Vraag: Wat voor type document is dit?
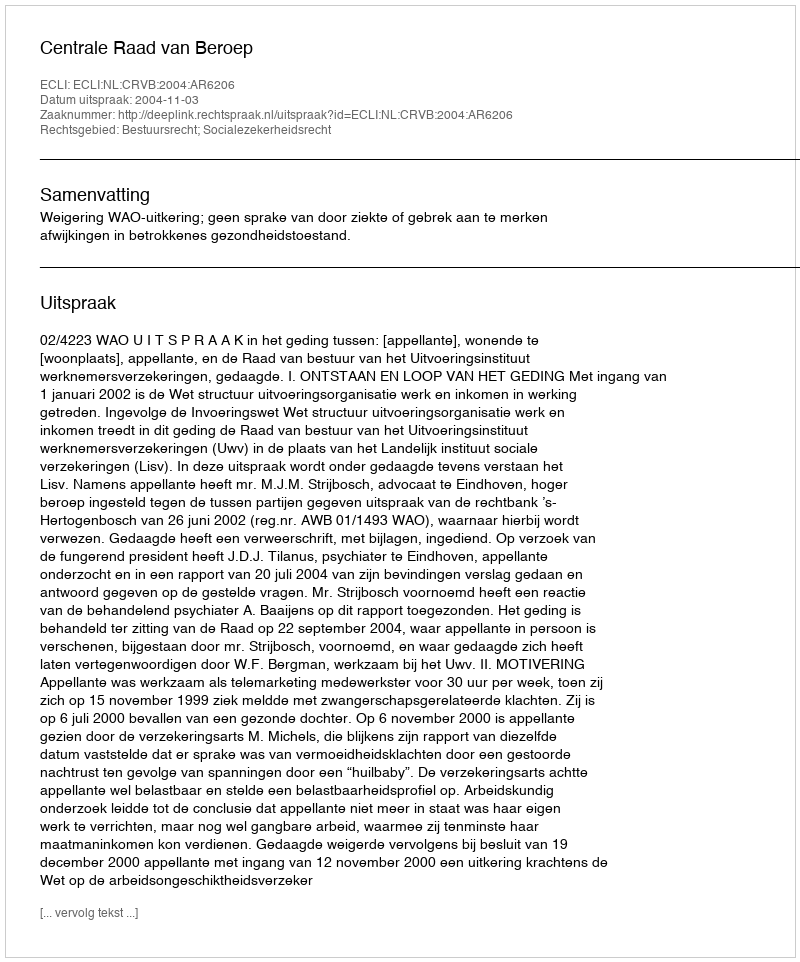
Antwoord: Uitspraak